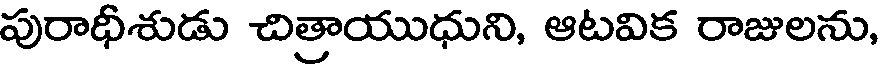
పురాధీశుడు చిత్రాయుధుని, ఆటవిక రాజులను,